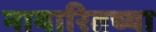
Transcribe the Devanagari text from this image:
नायारितच्या